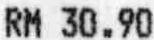
RM 30.90